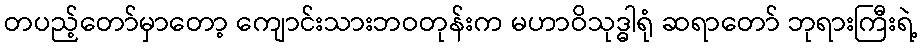
တပည့်တော်မှာတော့ ကျောင်းသားဘဝတုန်းက မဟာဝိသုဒ္ဓါရုံ ဆရာတော် ဘုရားကြီးရဲ့